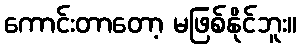
ကောင်းတာတော့ မဖြစ်နိုင်ဘူး။